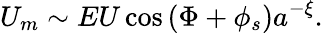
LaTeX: U_{m}\sim EU\cos{(\Phi+\phi_{s})}a^{-\xi}.